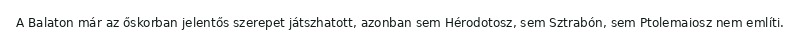
A Balaton már az őskorban jelentős szerepet játszhatott, azonban sem Hérodotosz, sem Sztrabón, sem Ptolemaiosz nem említi.